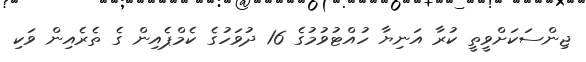
ޖިންސަކަށްވީތީ ކުރާ އަނިޔާ ހުއްޓުވުމުގެ 16 ދުވަހުގެ ކެމްޕެއިން ގެ ތެރެއިން ވަކި